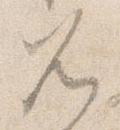
兀